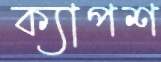
ক্যাপশ